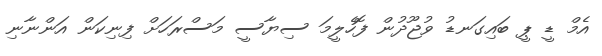
އެމް ޑީ ޕީ ބައިގަނޑު ވުޖޫދުން ފޮހެލީމަ ސިޔާސީ މަސްރަހަށް ފިނިކަން އަންނާނި